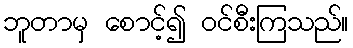
ဘူတာမှ စောင့်၍ ဝင်စီးကြသည်။